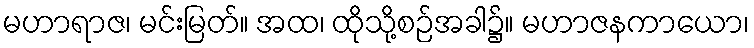
မဟာရာဇ၊ မင်းမြတ်။ အထ၊ ထိုသို့စဉ်အခါ၌။ မဟာဇနကာယော၊